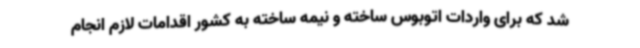
شد که برای واردات اتوبوس ساخته و نیمه ساخته به کشور اقدامات لازم انجام